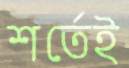
শর্তেই